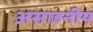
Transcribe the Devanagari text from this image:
असाहनीय